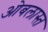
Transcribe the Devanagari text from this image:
ओबलास्त